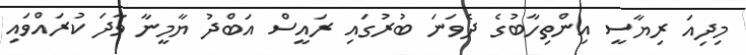
މިދިއަ ރިޔާސީ އިންތިހާބުގެ ދެވަނަ ބުރުގައި ރައީސް އަބްދު ޔާމީނާ ވާދަ ކުރައްވައި